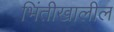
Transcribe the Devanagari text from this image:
भिंतीखालील